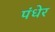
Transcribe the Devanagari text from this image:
पंधेर